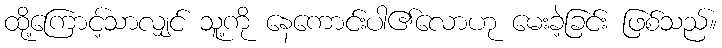
ထို့ကြောင့်သာလျှင် သူ့ကို နေကောင်းပါ၏လောဟု မေးခဲ့ခြင်း ဖြစ်သည်။